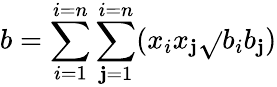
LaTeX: b=\sum_{i=1}^{i=n}\sum_{\mathbf{j}=1}^{i=n}(x_{i}x_{\mathbf{j}}{\sqrt{}{{b_{i}b_{\mathbf{j}}}}})